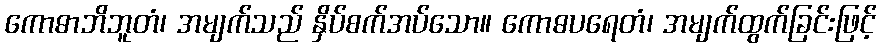
ကောဓာဘိဘူတံ၊ အမျက်သည် နှိပ်စက်အပ်သော။ ကောဓပရေတံ၊ အမျက်ထွက်ခြင်းဖြင့်